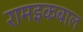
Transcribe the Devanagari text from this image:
रामइकबाल